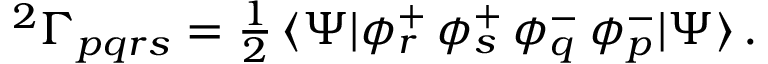
\begin{array} { r } { { ^ { 2 } \Gamma _ { p q r s } } = \frac { 1 } { 2 } \, \langle \Psi | \phi _ { r } ^ { + } \, \phi _ { s } ^ { + } \, \phi _ { q } ^ { - } \, \phi _ { p } ^ { - } | \Psi \rangle \, . } \end{array}